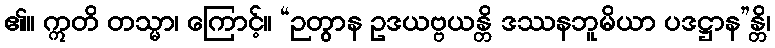
၏။ ဣတိ တသ္မာ၊ ကြောင့်။ “ဉတွာန ဥဒယဗ္ဗယန္တိ ဒဿနဘူမိယာ ပဒဋ္ဌာန”န္တိ၊